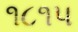
૧૮૧૫